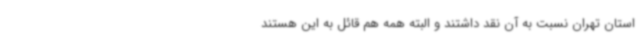
استان تهران نسبت به آن نقد داشتند و البته همه هم قائل به این هستند